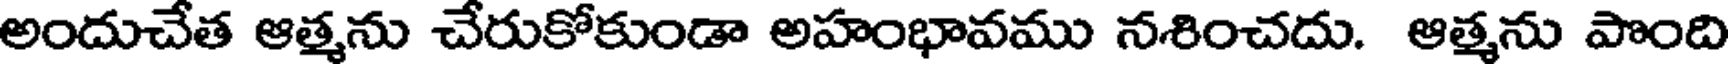
అందుచేత ఆత్మను చేరుకోకుండా అహంభావము నశించదు. ఆత్మను పొంది